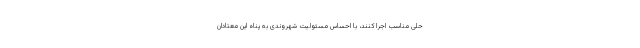
حلی مناسب اجرا کنند، با احساس مسئولیت شهروندی به پناه این معتادان